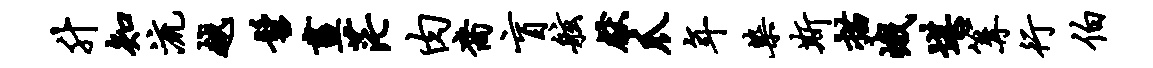
升知流越髫画茫肉裔盲舷献爪年染斯描峨堪篝行伯